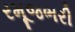
રમૂજભરી